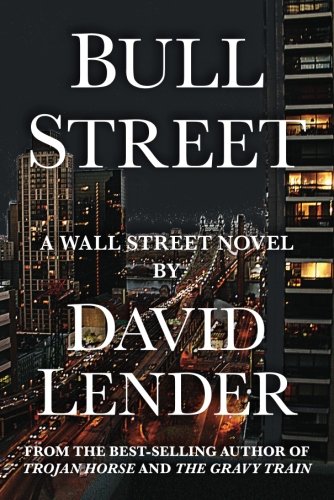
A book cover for Bull Street (A White Collar Crime Thriller); David Lender; Mystery, Thriller & Suspense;